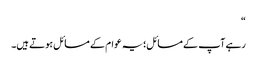
“
رہے آپ کے مسائل؛یہ عوام کے مسائل ہوتے ہیں۔